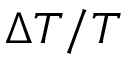
\Delta T / T